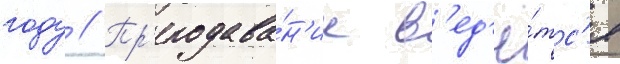
году // Пр'еподава́н'ие в'ед'ё́тс'я